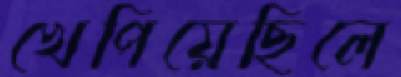
খেপিয়েছিলে